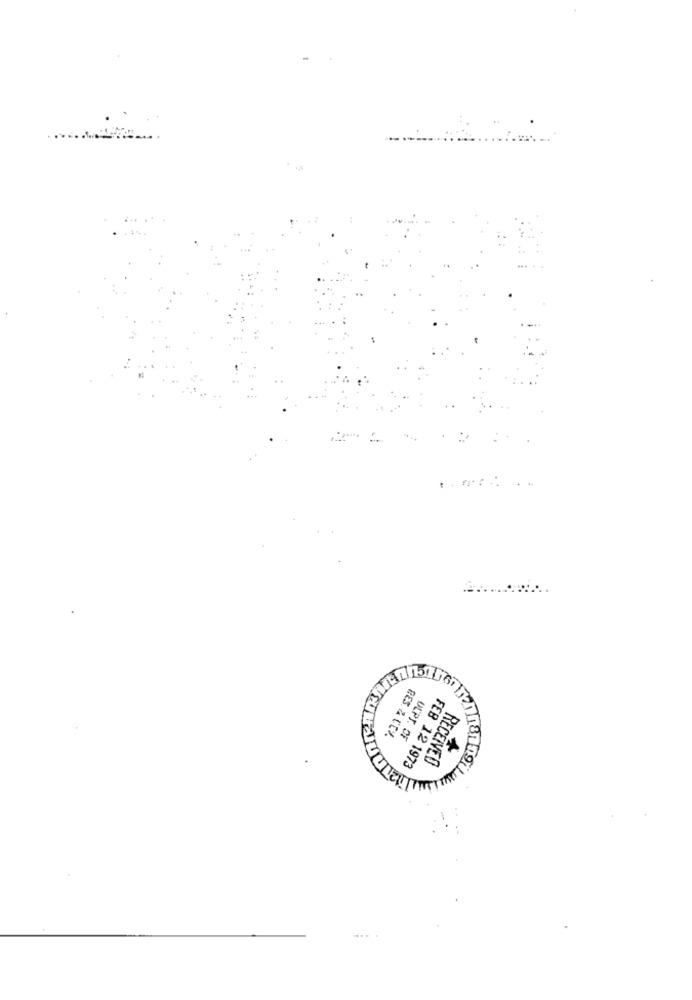
RES. & CEV.
DEPT. OF
FEB 12 1973
16
RECEIVED